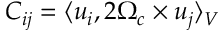
\boldsymbol { C } _ { i j } = \langle \boldsymbol { u } _ { i } , 2 \boldsymbol { \Omega } _ { c } \times \boldsymbol { u } _ { j } \rangle _ { V }